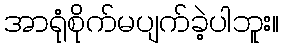
အာရုံစိုက်မပျက်ခဲ့ပါဘူး။